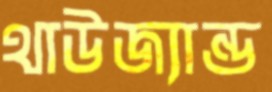
থাউজ্যান্ড